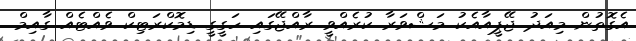
އެގޮތުން މިއަދު ޖޭޕީއާއެކު މަޝްވަރާ ކުރެއްވީ ރާއްޖޭގައި ހަގީގީ ޑިމޮކްރަޓިކް ވެއްޓެއް ގާއިމް